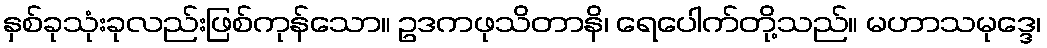
နှစ်ခုသုံးခုလည်းဖြစ်ကုန်သော။ ဥဒကဖုသိတာနိ၊ ရေပေါက်တို့သည်။ မဟာသမုဒ္ဒေ၊